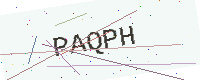
Text: PAQPH